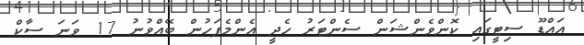
އައްޑޫ ސިޓީގައި ކޮންވެންޝަން ސެންޓަރު ހެދީ އެންމެފަހުން ބޭއްވުނު 17 ވަނަ ސާކް